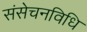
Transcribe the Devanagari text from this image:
संसेचनविधि